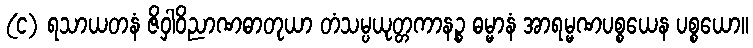
(င) ရသာယတနံ ဇိဝှါဝိညာဏဓာတုယာ တံသမ္ပယုတ္တကာနဉ္စ ဓမ္မာနံ အာရမ္မဏပစ္စယေန ပစ္စယော။